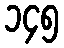
၁၄၅